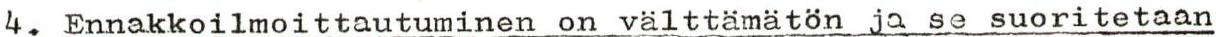
4. Ennakkoilmoittautuminen on välttämätön ja se suoritetaan